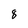
Character: 8